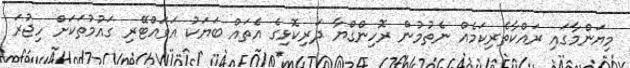
މިޔަންމާގައި ރައްކާތެރިކަމެއް ނެތުމުން ރޮހިންގްޔާ ދަރިކޮޅިގެ އެތައް ބަޔަކު އަވައްޓޭރި ގައުމުތަކަށް ހިޖުރަ